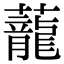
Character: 蘢